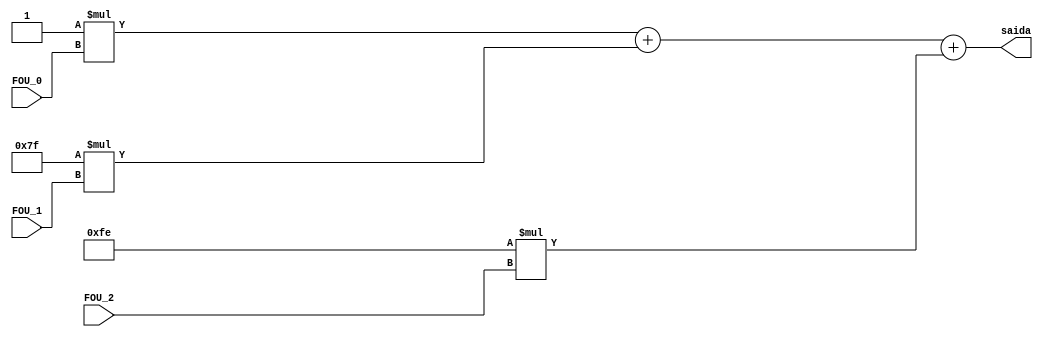
module soma_X_pos(FOU_0, FOU_1, FOU_2, saida);
input [7:0] FOU_0, FOU_1, FOU_2;
output [15:0] saida;
wire [15:0] FOU_0_X_pos, FOU_1_X_pos, FOU_2_X_pos;

parameter   POS_1 = 8'd1, POS_2 = 8'd127,  POS_3 = 8'd254; 
assign FOU_0_X_pos = POS_1*FOU_0;
assign FOU_1_X_pos = POS_2*FOU_1;
assign FOU_2_X_pos = POS_3*FOU_2;


assign saida = FOU_0_X_pos + FOU_1_X_pos + FOU_2_X_pos;
endmodule